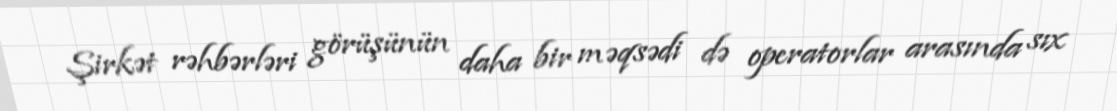
Şirkət rəhbərləri görüşünün daha bir məqsədi də operatorlar arasında sıx